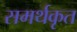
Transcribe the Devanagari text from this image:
समर्थकृत